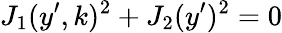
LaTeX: J_{1}(y^{\prime},k)^{2}+J_{2}(y^{\prime})^{2}=0